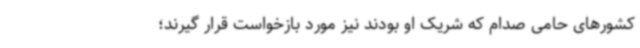
کشورهای حامی صدام که شریک او بودند نیز مورد بازخواست قرار گیرند؛